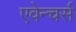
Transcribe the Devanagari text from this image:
एवेन्चर्स